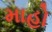
માહો